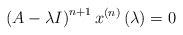
\begin{align*}\left( A-\lambda I\right) ^{n+1}x^{\left( n\right) }\left( \lambda\right) =0 \end{align*}